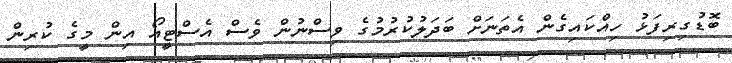
ބޮޑުގިރިފަޅު ހިއްކައިގެން އެތަނަށް ބަދަލުކުރުމުގެ ވިސްނުން ވެސް އެސްޓީއޯ އިން މީގެ ކުރިން